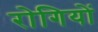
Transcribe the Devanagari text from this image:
राेगियों